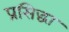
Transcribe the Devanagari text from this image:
प्रसिद्धा